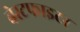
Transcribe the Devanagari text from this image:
बेस्टफाइटर